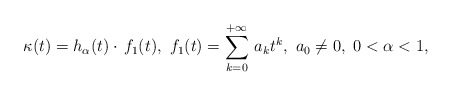
\begin{align*}\kappa(t) = h_{\alpha}(t) \cdot \, f_1(t),\ f_1(t)=\sum_{k=0}^{+\infty}\, a_k t^k, \ a_0 \not = 0,\ 0<\alpha <1,\end{align*}